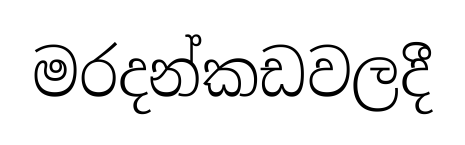
මරදන්කඩවලදී